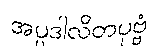
အပ္ပဒါလိတပုဗ္ဗံ